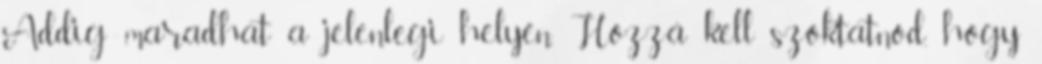
Addig maradhat a jelenlegi helyén. Hozzá kell szoktatnod, hogy